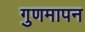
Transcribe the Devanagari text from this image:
गुणमापन